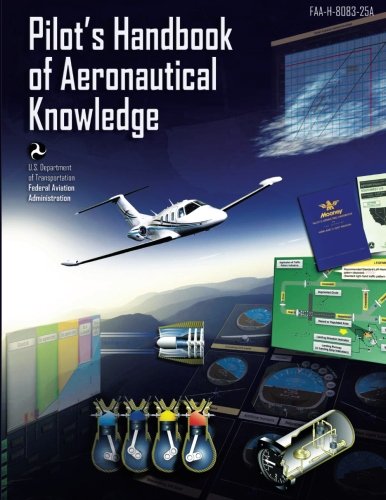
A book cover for FAA Pilot's Handbook of Aeronautical Knowledge; U.S. Department of Transportation FAA; Engineering & Transportation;